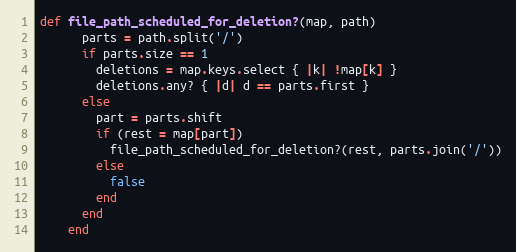
Language: Ruby
def file_path_scheduled_for_deletion?(map, path)
      parts = path.split('/')
      if parts.size == 1
        deletions = map.keys.select { |k| !map[k] }
        deletions.any? { |d| d == parts.first }
      else
        part = parts.shift
        if (rest = map[part])
          file_path_scheduled_for_deletion?(rest, parts.join('/'))
        else
          false
        end
      end
    end